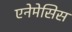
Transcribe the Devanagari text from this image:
एनेमेसिस